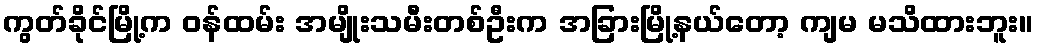
ကွတ်ခိုင်မြို့က ဝန်ထမ်း အမျိုးသမီးတစ်ဦးက အခြားမြို့နယ်တော့ ကျမ မသိထားဘူး။